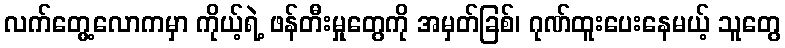
လက်တွေ့လောကမှာ ကိုယ့်ရဲ့ ဖန်တီးမှုတွေကို အမှတ်ခြစ်၊ ဂုဏ်ထူးပေးနေမယ့် သူတွေ